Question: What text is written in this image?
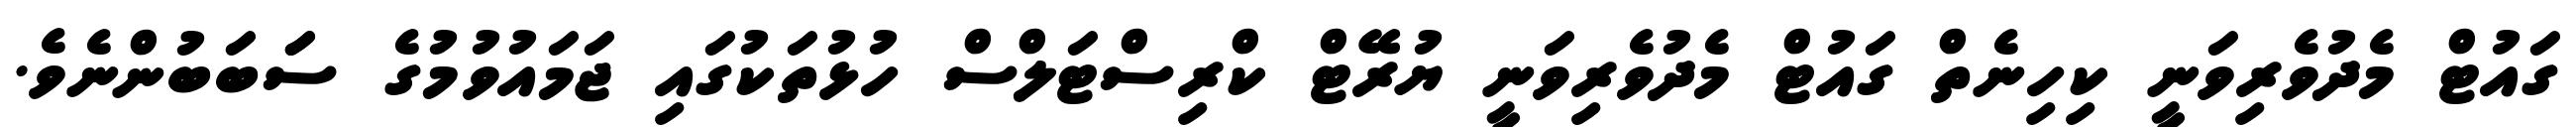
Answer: ގައުޓް މެދުވެރިވަނީ ކިހިނެތް ގައުޓް މެދުވެރިވަނީ ޔުރޭޓް ކްރިސްޓަލްސް ހުޅުތަކުގައި ޖަމައުވުމުގެ ސަަބަބުންނެވެ.